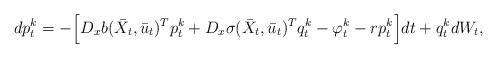
\begin{align*}dp^k_t = - \Big[ D_xb(\bar{X}_t,\bar{u}_t)^T p^k_t + D_x\sigma(\bar{X}_t,\bar{u}_t)^T q^k_t -\varphi_t^k - rp^k_t \Big]dt + q^k_t dW_t,\end{align*}